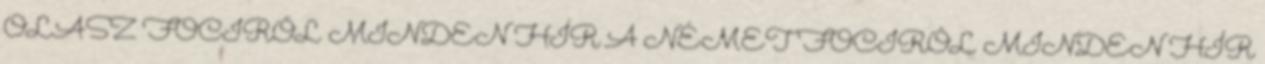
OLASZ FOCIRÓL MINDEN HÍR A NÉMET FOCIRÓL MINDEN HÍR